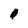
Character: 0